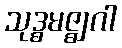
သုဒ္ဓမဇ္ဈဂါ